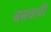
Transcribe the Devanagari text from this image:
बसवावी